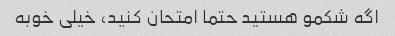
اگه شکمو هستید حتما امتحان کنید، خیلی خوبه